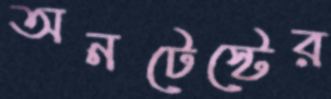
অনটেস্টের